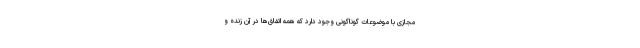
مجازی با موضوعات گوناگونی وجود دارد که همه اتفاق‌ها در آن زنده و